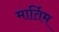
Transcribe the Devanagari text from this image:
मार्तिम